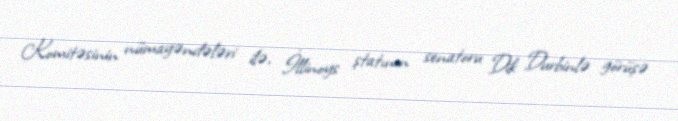
Komitəsinin nümayəndələri ilə, İllinoys ştatının senatoru Dik Durbinlə görüşə